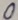
Text: 0